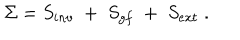
\Sigma = S _ { i n v } \; + \; S _ { g f } \; + \; S _ { e x t } \; .